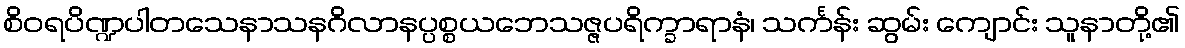
စိဝရပိဏ္ဍပါတသေနာသနဂိလာနပ္ပစ္စယဘေသဇ္ဇပရိက္ခာရာနံ၊ သင်္ကန်း ဆွမ်း ကျောင်း သူနာတို့၏